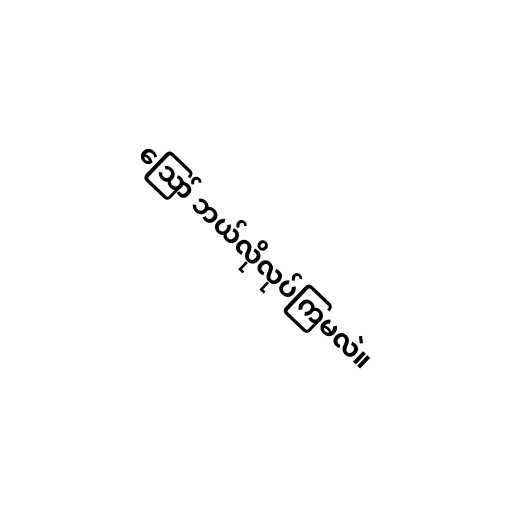
ဪ ဘယ်လိုလုပ်ကြမလဲ။